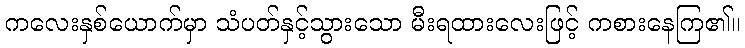
ကလေးနှစ်ယောက်မှာ သံပတ်နှင့်သွားသော မီးရထားလေးဖြင့် ကစားနေကြ၏။